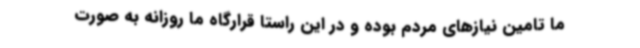
ما تامین نیازهای مردم بوده و در این راستا قرارگاه ما روزانه به صورت